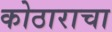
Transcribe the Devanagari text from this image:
कोठाराचा